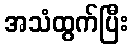
အသံထွက်ပြီး